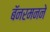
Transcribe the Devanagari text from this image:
बॅनरमनने